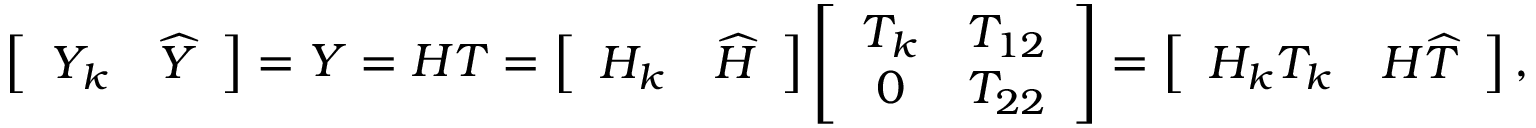
\left[ \begin{array} { l l } { Y _ { k } } & { \widehat { Y } } \end{array} \right] = Y = H T = \left[ \begin{array} { l l } { H _ { k } } & { \widehat { H } } \end{array} \right] \left[ \begin{array} { c c } { T _ { k } } & { T _ { 1 2 } } \\ { 0 } & { T _ { 2 2 } } \end{array} \right] = \left[ \begin{array} { l l } { H _ { k } T _ { k } } & { H \widehat { T } } \end{array} \right] ,